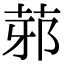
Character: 䓉